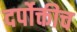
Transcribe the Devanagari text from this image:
दर्पोक्तीच